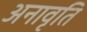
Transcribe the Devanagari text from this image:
अनावृति